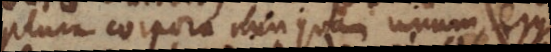
plura corpora nunquam unum, ergo